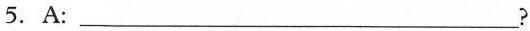
5. A:___?